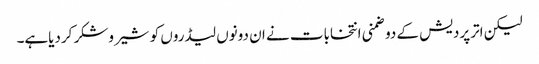
لیکن اترپردیش کے دوضمنی انتخابات نے ان دونوں لیڈروں کو شیروشکر کردیاہے۔